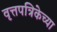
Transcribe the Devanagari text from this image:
वृत्तपत्रिकेच्या